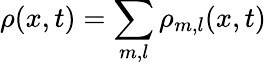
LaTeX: \rho(x,t)=\sum_{m,l}\rho_{m,l}(x,t)